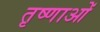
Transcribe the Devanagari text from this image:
तृष्णाओं